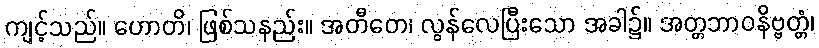
ကျင့်သည်။ ဟောတိ၊ ဖြစ်သနည်း။ အတီတေ၊ လွန်လေပြီးသော အခါ၌။ အတ္တဘာဝနိဗ္ဗတ္တံ၊